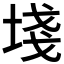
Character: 𡍌